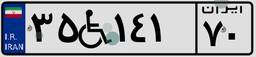
۳۵W۱۴۱۷۰